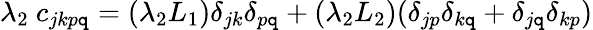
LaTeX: \lambda_{2}~c_{jkp\mathtt{q}}=(\lambda_{2}L_{1})\delta_{jk}\delta_{p\mathtt{q}}+(\lambda_{2}L_{2})(\delta_{jp}\delta_{k\mathtt{q}}+\delta_{j\mathtt{q}}\delta_{kp})